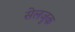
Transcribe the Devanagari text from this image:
सेलजुक